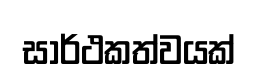
සාර්ථකත්වයක්